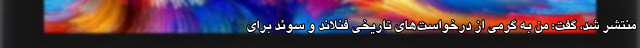
منتشر شد، گفت: من به گرمی از درخواست‌های تاریخی فنلاند و سوئد برای